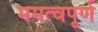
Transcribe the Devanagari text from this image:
ममत्वपूर्ण